Triennial report on the lunatic asylums in the province of Eastern Bengal and Assam - 1903-1911
Year: 1903
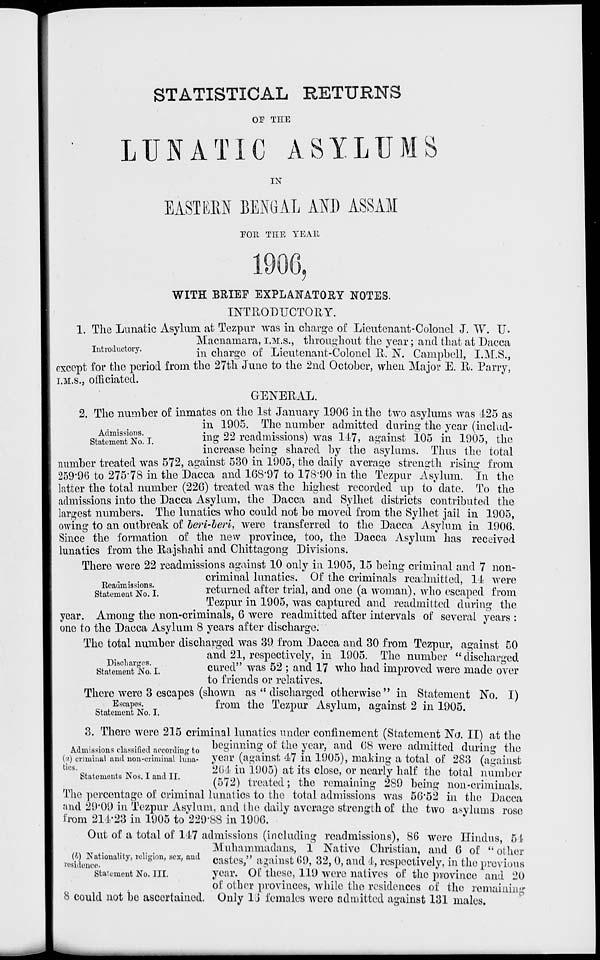
STATISTICAL RETURNS
OF THE
LUNATIC ASYLUMS
IN
EASTERN BENGAL AND ASSAM
FOR THE YEAR
1906,
WITH BRIEF EXPLANATORY NOTES.
INTRODUCTORY.
Introductory.
1. The Lunatic Asylum at Tezpur was in charge of Lieutenant-Colonel J. W. U.
Macnamara, I.M.S., throughout the year; and that at Dacca
in charge of Lieutenant-Colonel R. N. Campbell, I.M.S.,
except for the period from the 27th June to the 2nd October, when Major E. R. Parry,
I.M.S., officiated.
GENERAL.
Admissions.
Statement No. I.
2. The number of inmates on the 1st January 1906 in the two asylums was 425 as
in 1905. The number admitted during the year (includ-
ing 22 readmissions) was 147, against 105 in 1905, the
increase being shared by the asylums. Thus the total
number treated was 572, against 530 in 1905, the daily average strength rising from
259.96 to 275.78 in the Dacca and 168.97 to 178.90 in the Tezpur Asylum. In the
latter the total number (226) treated was the highest recorded up to date. To the
admissions into the Dacca Asylum, the Dacca and Sylhet districts contributed the
largest numbers. The lunatics who could not be moved from the Sylhet jail in 1905,
owing to an outbreak of beri-beri, were transferred to the Dacca Asylum in 1906.
Since the formation of the new province, too, the Dacca Asylum has received
lunatics from the Rajshahi and Chittagong Divisions.
Readmissions.
Statement No. I.
There were 22 readmissions against 10 only in 1905, 15 being criminal and 7 non-
criminal lunatics. Of the criminals readmitted, 14 were
returned after trial, and one (a woman), who escaped from
Tezpur in 1905, was captured and readmitted during the
year. Among the non-criminals, 6 were readmitted after intervals of several years :
one to the Dacca Asylum 8 years after discharge.
Discharges.
Statement No. I.
The total number discharged was 39 from Dacca and 30 from Tezpur, against 50
and 21, respectively, in 1905. The number "discharged
cured" was 52 ; and 17 who had improved were made over
to friends or relatives.
Escapes.
Statement No. I.
There were 3 escapes (shown as "discharged otherwise" in Statement No. I)
from the Tezpur Asylum, against 2 in 1905.
Admissions classified according to
(a) criminal and non-criminal luna-
tics.
Statements Nos. I and II.
3. There were 215 criminal lunatics under confinement (Statement No. II) at the
beginning of the year, and 68 were admitted during the
year (against 47 in 1905), making a total of 283 (against
264 in 1905) at its close, or nearly half the total number
(572) treated; the remaining 289 being non-criminals.
The percentage of criminal lunatics to the total admissions was 56.52 in the Dacca
and 29.09 in Tezpur Asylum, and the daily average strength of the two asylums rose
from 214.23 in 1905 to 229.88 in 1906.
(b) Nationality, religion, sex, and
residence.
Statement No. III.
Out of a total of 147 admissions (including readmissions), 86 were Hindus, 54
Muhammadans, 1 Native Christian, and 6 of "other
castes," against 69, 32, 0, and 4, respectively, in the previous
year. Of these, 119 were natives of the province and 20
of other provinces, while the residences of the remaining
8 could not be ascertained. Only 15 females were admitted against 131 males.